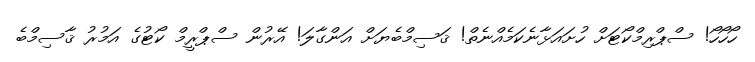
ހޯހޯހޯ! ސްޕްރިމްކޯޓަށް ހުށައަޅާނެކަމެއްނެތް! ޤަސިމްބެޔަށް އަންގާލަ! އޭރުން ސްޕްރީމް ކޯޓުގެ އަމުރު ޤާސިމްބެ